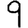
Digit: 9